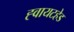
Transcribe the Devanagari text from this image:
ह्वायटहेड